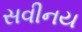
સવીનય